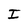
Character: I